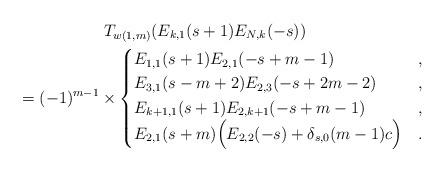
LaTeX: \begin{gather*}T_{w(1,m)}(E_{k,1}(s+1)E_{N,k}(-s)) \\\qquad{} = (-1)^{m-1} \times\begin{cases}E_{1,1}(s+1)E_{2,1}(-s+m-1) & ,\\E_{3,1}(s-m+2)E_{2,3}(-s+2m-2) & ,\\E_{k+1,1}(s+1)E_{2,k+1}(-s+m-1) & ,\\E_{2,1}(s+m)\Big( E_{2,2}(-s) + \delta_{s,0}(m-1)c \Big) & .\end{cases}\end{gather*}